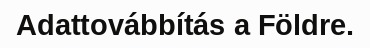
Adattovábbítás a Földre.